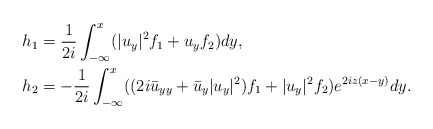
\begin{align*}&h_{1 }=\frac{1}{2i} \int_{-\infty}^{x} (|u_y|^2 f_1+u_yf_2)dy,\\&h_{2 }=- \frac{1}{2i} \int_{-\infty}^{x} ((2i \bar{u}_{yy}+\bar{u}_y|u_y|^2)f_1+|u_y|^2 f_2)e^{2iz(x-y)}dy.\end{align*}